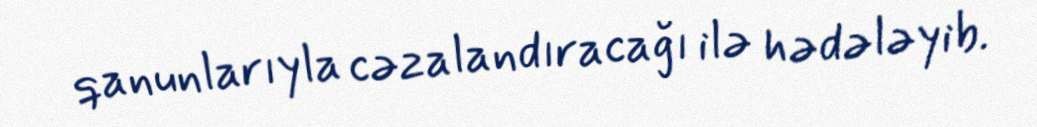
qanunlarıyla cəzalandıracağı ilə hədələyib.